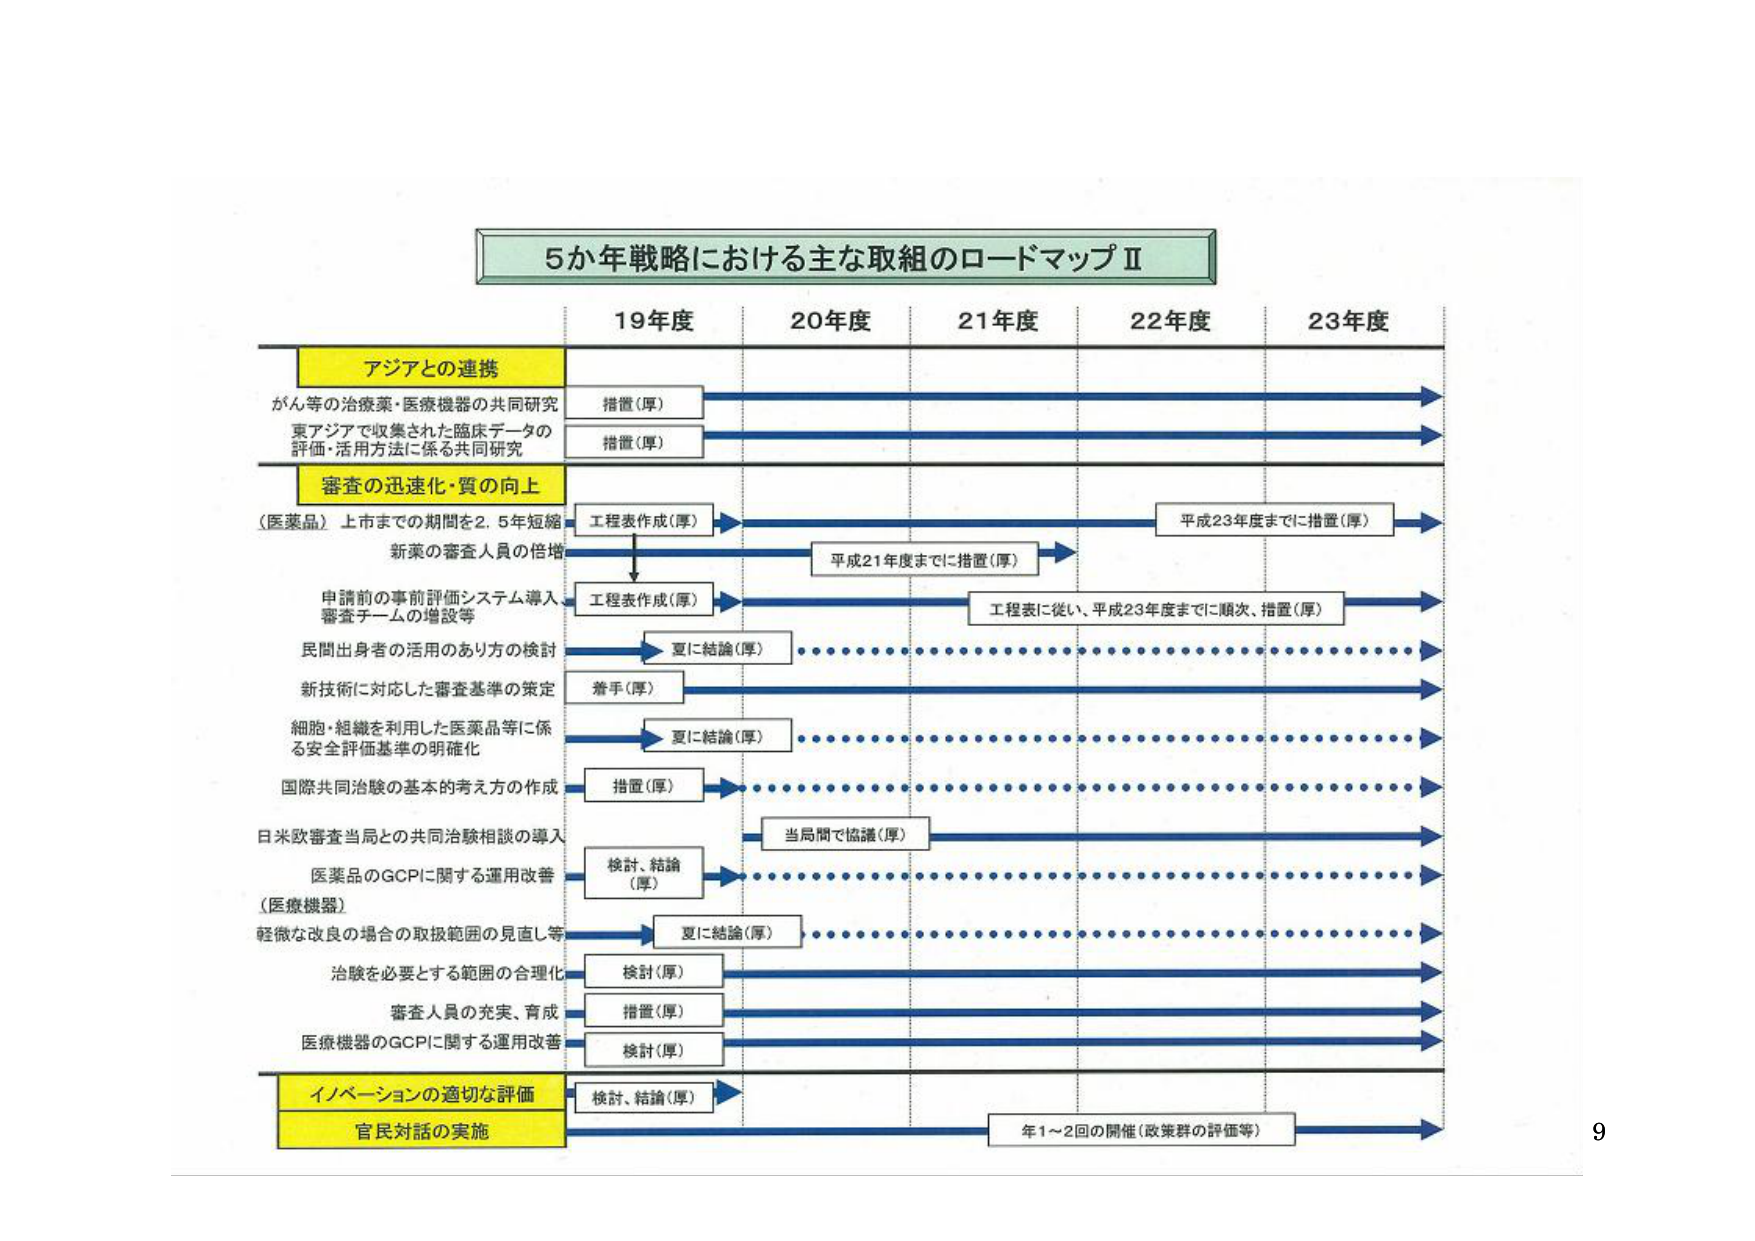
5か年戦略における主な取組のロードマップⅡ

19年度　20年度　21年度　22年度　23年度

アジアとの連携
がん等の治療薬・医療機器の共同研究　措置（厚）
東アジアで収集された臨床データの
評価・活用方法に係る共同研究　措置（厚）

審査の迅速化・質の向上
（医薬品）上市までの期間を2.5年短縮　工程表作成（厚）　→　平成23年度までに措置（厚）
新薬の審査人員の倍増　→　平成21年度までに措置（厚）
申請前の事前評価システム導入
審査チームの増設等　工程表作成（厚）　→　工程表に従い、平成23年度までに順次、措置（厚）
民間出身者の活用のあり方の検討　→　夏に結論（厚）
新技術に対応した審査基準の策定　着手（厚）
細胞・組織を利用した医薬品等に係
る安全評価基準の明確化　→　夏に結論（厚）
国際共同治験の基本的考え方の作成　措置（厚）
日米欧審査当局との共同治験相談の導入　→　当局間で協議（厚）
医薬品のGCPに関する運用改善　検討、結論（厚）
（医療機器）
軽微な改良の場合の取扱範囲の見直し等　→　夏に結論（厚）
治験を必要とする範囲の合理化　検討（厚）
審査人員の充実、育成　措置（厚）
医療機器のGCPに関する運用改善　検討（厚）

イノベーションの適切な評価　検討、結論（厚）
官民対話の実施　→　年1～2回の開催（政策群の評価等）

9